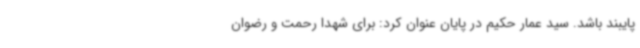
پایبند باشد. سید عمار حکیم در پایان عنوان کرد: برای شهدا رحمت و رضوان